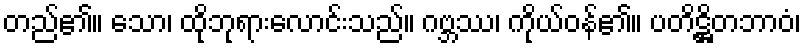
တည်၏။ သော၊ ထိုဘုရားလောင်းသည်။ ဂဗ္ဘဿ၊ ကိုယ်ဝန်၏။ ပတိဋ္ဌိတဘာဝံ၊